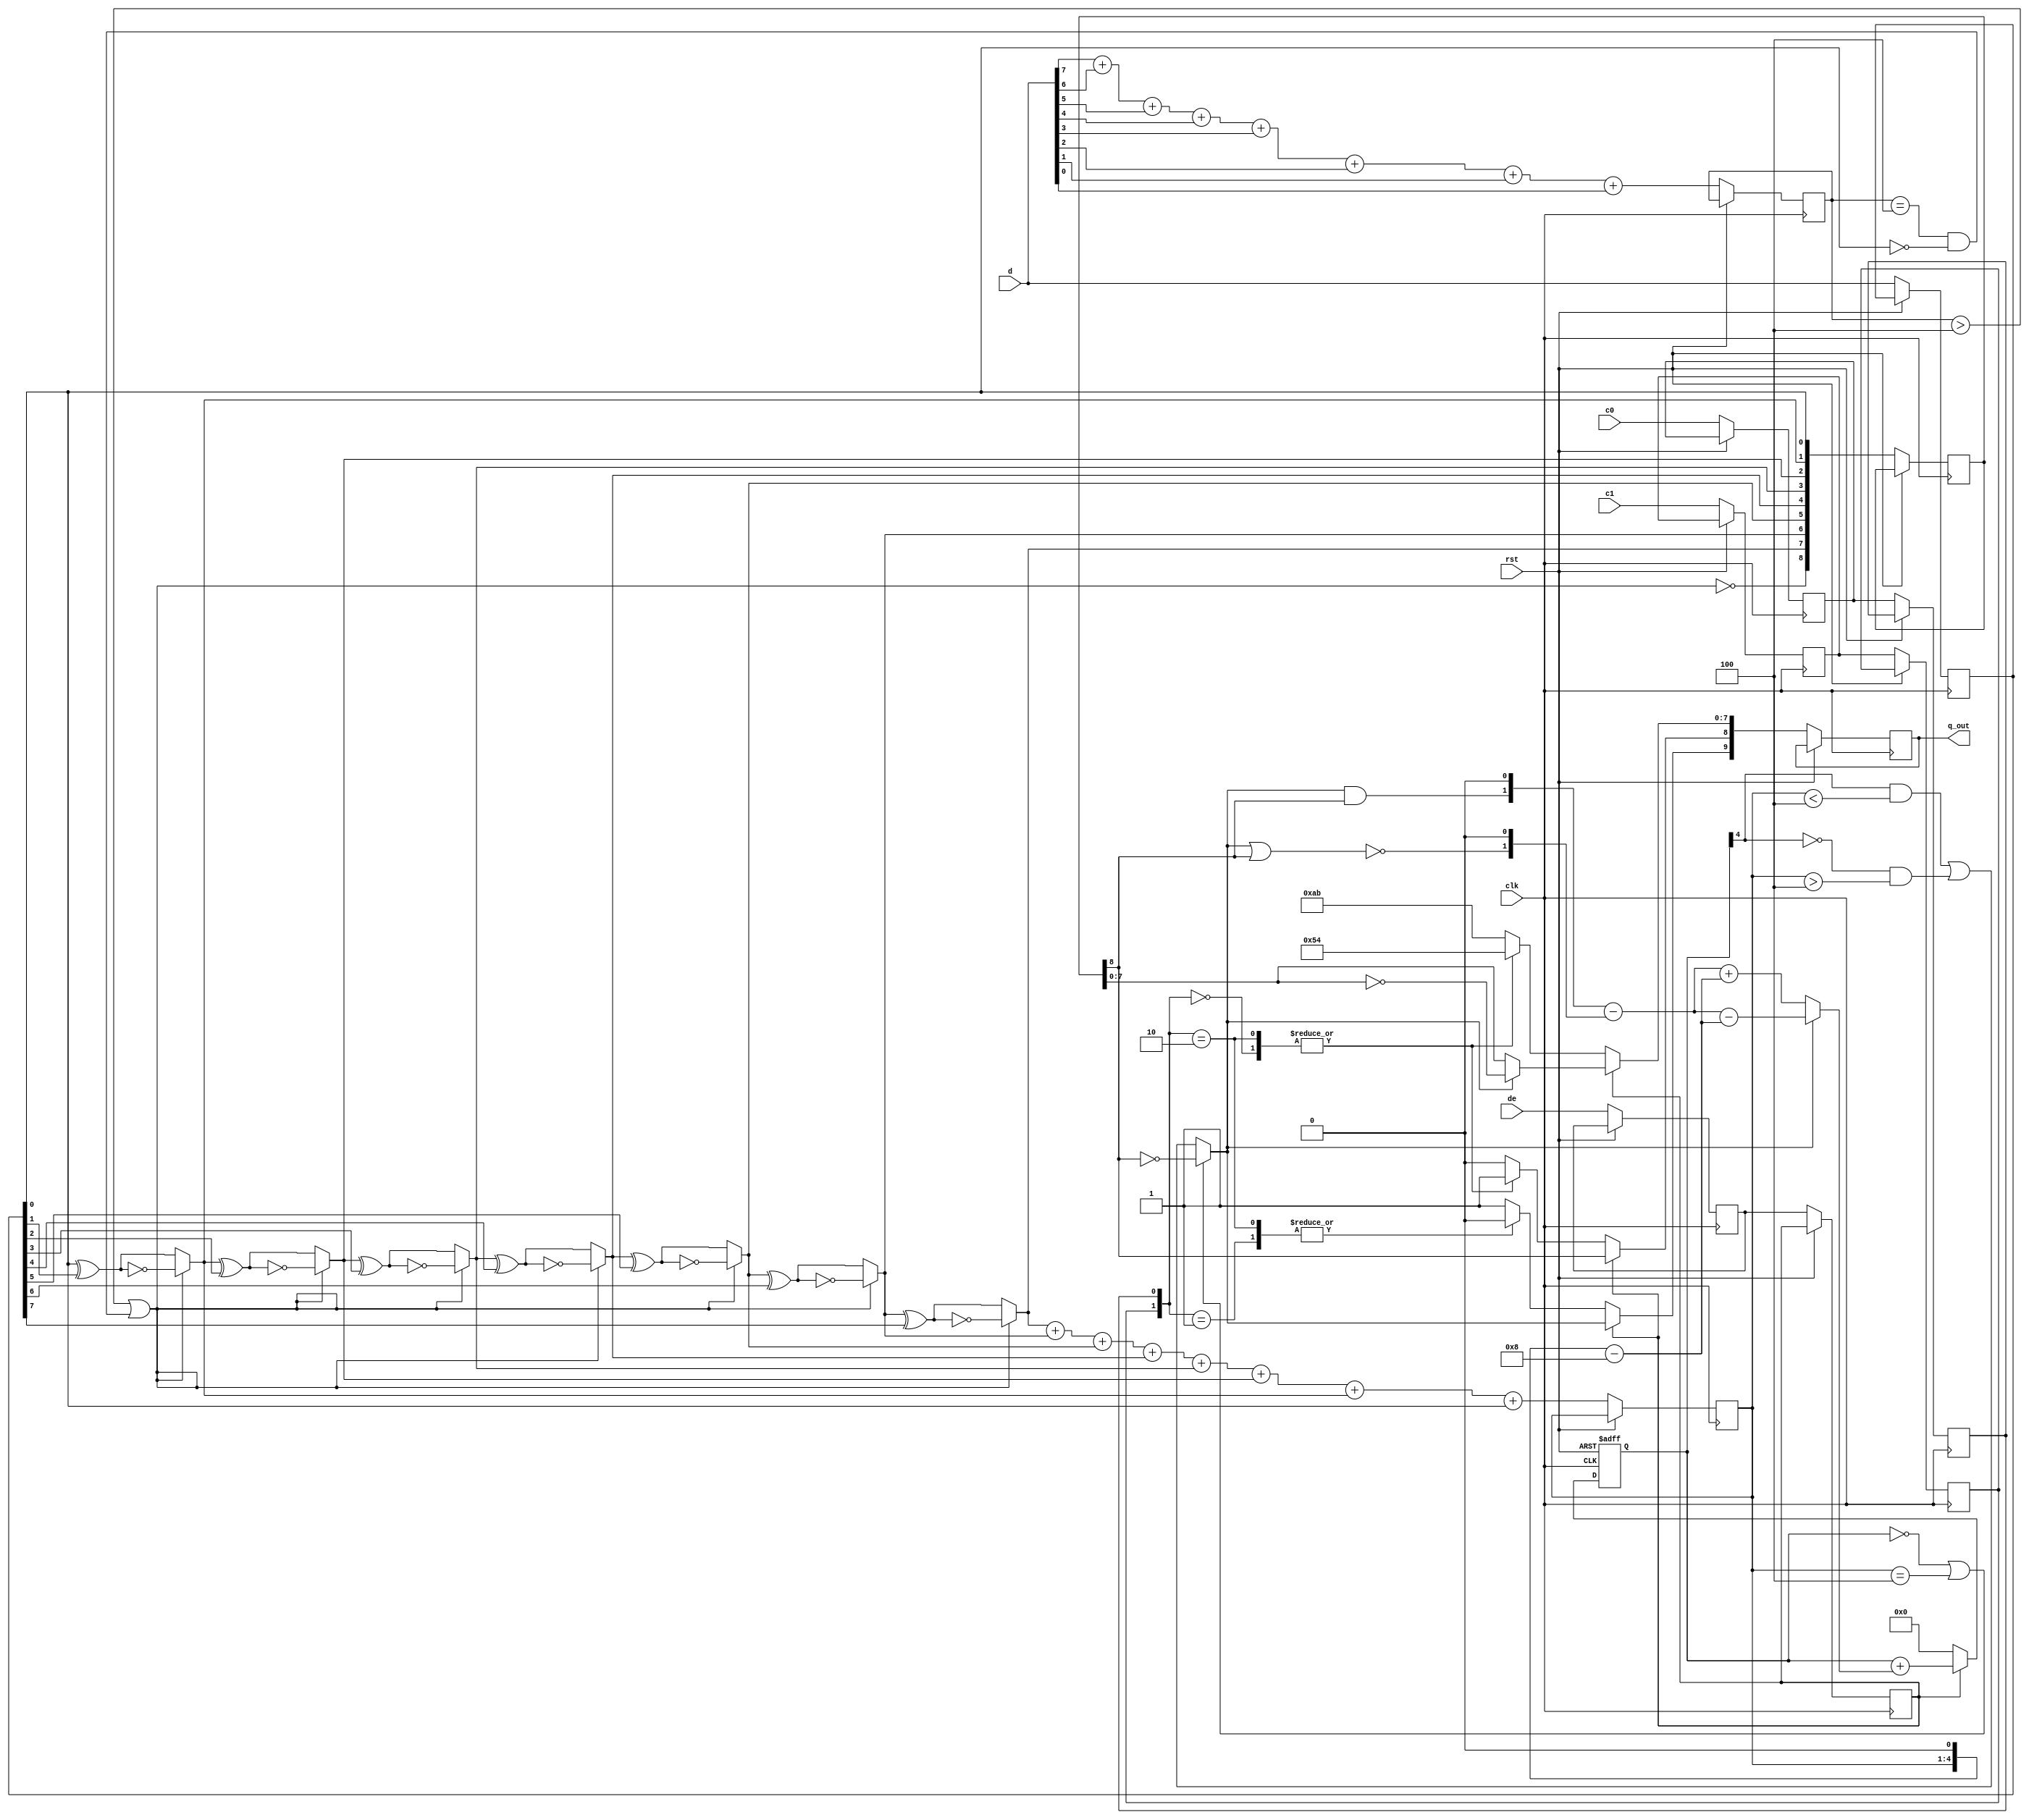
////////////////////////////////////////////////////////////////////////
// DVI encoder module
// ==================
//
// By Liam Davey (03/03/11)
//
// Encodes either the 8 bit pixel data 'd' or control signals 'c0' and
// 'c1', depending on the value of 'de' (data enable), to a 10 bit value
// q_out. The 10-bit 'q_out' value is suitable for serialization to send
// over the DVI cable (using Transition Minimized Differential
// Signalling (TMDS)).
//
// Created based on Figure 3-5 of the DVI Specification 1.0, available
// from http://www.ddwg.org/lib/dvi_10.pdf
//
////////////////////////////////////////////////////////////////////////

/*

the encoding algorithm tries to on average send the same number of
ones as zeroes so no DC shift occurs on the differential pair.
it achieves this by selectively inverting the 9 bit output of the
previous stage (q_m). the tenth bit is used to signal whether or
not this inversion occurred.

if the current disparity is 0 (same number of total ones and zeroes
sent so far) then it does not really matter whether we invert
q_m[7:0] or not, as either way the disparity will not improve.
likewise if q_m[7:0] has an equal number of ones and zeroes then
whether we invert or not does not affect the disparity.

in either case the algorithm in the specification inverts the lower
8 bits if the 9th bit (XOR/XNOR flag) is 0, so that the top two
will be '10' - not affecting the disparity.
alternatively if the 9th bit is 1 no inversion will take place so
that the top two bits are '01' - again not affecting disparity.

i think there is room for improvement in the specified algorithm 
here. it would be possible (without modifying the decode algorithm)
to make the 9th and 10th bits '11' or '00' based on the number of
ones in the lower 8 bits to improve the disparity (and
inadvertently reduce the number of transitions).

if however the disparity is not 0 and there is not an equal number
of ones and zeroes in q_m[7:0], then we should decide whether or
not to invert the bits.
if we have more total ones sent and there are more ones in q_m[7:0]
than zeroes, q_m[7:0] should be inverted.
likewise if more total zeroes have been sent and there are more
zeroes than ones in q_m[7:0], we should also invert.
in all other cases, do not invert.

*/

module tmds_encode (
	input clk,				// clock signal
	input rst,				// reset signal
	input [7:0] d,			// input 8 bit pixel data
	input de,				// data enable (1 = data, 0 = control)
	input c0,				// control signal 0
	input c1,				// control signal 1
	output reg [9:0] q_out	// the encoded 10 bit value to output LSB first
									// on the differential channel
	);
	
	// copies of data for stage 1 so that the data is aligned
	// for the pipeline stage
	// i.e. so that 'd' is available next clock cycle even though
	// the input 'd' has changed
	reg [7:0] s1_d;
	reg s1_de, s1_c0, s1_c1;
	
	// copies of data for stage 2
	reg s2_de, s2_c0, s2_c1;
	reg [8:0] s2_q;
	
	// the transition minimized 9-bit output of stage 1
	wire [8:0] s1_q;
	
	// count of ones in data for stage 1
	reg [3:0] s1_n1;
	
	// count of ones in data for stage 2 (not a copy of s1_n1)
	reg [3:0] s2_n1;
	
	// disparity count (difference between total number of ones sent and
	// total number of zeroes sent). will be negative (MSB set) if more
	// zeroes than ones have been sent.
	reg signed [4:0] s2_cnt;// s2_cnt_prev;
	reg signed [4:0] s2_flag_bits_disparity, s2_q_disparity;

	// 8b -> 9b encoding
	// creates a transition minimized version of the input data.
	// asynchronous, the output q_m changes as soon as inputs s1_n1 or
	// s1_d1 from stage 1 change.
	// if this proves to be too slow could implement as another pipeline
	// stage instead (q_m as a register).

	wire use_xnor = (s1_n1 > 4'h4) || ((s1_n1 == 4'h4) && (s1_d[0] == 1'b0));
	assign s1_q[0] = s1_d[0];
	
	genvar i;
	for (i = 1; i < 8; i = i + 1) begin : xnor_loop
		assign s1_q[i] = (use_xnor) ? (~(s1_q[i - 1] ^ s1_d[i])) : (s1_q[i - 1] ^ s1_d[i]);
	end
	assign s1_q[8] = ~use_xnor;	// bit 9 indicates whether XNOR or XOR was used


	// decide whether we need to invert the lower 8 bits or not
	wire data_balanced = (s2_n1 == 4);			// true if data has 4 ones and 4 zeroes
	wire data_has_more_zeroes = (s2_n1 < 4);	// true if data has more zeroes than ones
	wire data_has_more_ones = (s2_n1 > 4);		// true if data has more ones than zeroes
	wire disparity_zero = (s2_cnt == 0);			// true if we have sent the same number of ones as zeroes
	wire need_more_ones = s2_cnt[4];					// true if we need to send more ones to balance disparity
	
	// check if inverting the lower 8 bits would improve disparity
	// (this neglects the case where disparity is already 0, in which case
	// whether to invert or not is decided differently)
	assign inversion_needed = (need_more_ones && data_has_more_zeroes) | 
		((~need_more_ones) && data_has_more_ones);

	// if disparity is zero or the data has equal number of ones and zeroes
	// then invert based on s2_q_m[8], otherwise based on the above decision
	assign invert_data = (disparity_zero | data_balanced) ? 
		(~s2_q[8]) : (inversion_needed);
	
	// how many more ones than zeroes are in the 8 data bits
	wire signed [4:0] s2_data_disparity = {s2_n1, 1'b0} - 8;
	
	// check if DE is low, signalling that we are sending control data
	// rather than pixel data
	always @ (posedge clk or posedge rst) begin
		if (rst) begin
			s2_cnt <= 0;
		end else begin
			// pipeline stage 1
			// count the number of one bits in d[7:0]
			s1_n1 <= d[7] + d[6] + d[5] + d[4] + d[3] + d[2] + d[1] + d[0];
			s1_d <= d;	// copy registers for use with later stages
			s1_de <= de;
			s1_c0 <= c0;
			s1_c1 <= c1;
			
			// find the number of ones in s1_q[7:0]
			s2_n1 <= 
				s1_q[7] + s1_q[6] + s1_q[5] + s1_q[4] + 
				s1_q[3] + s1_q[2] + s1_q[1] + s1_q[0];
			s2_de <= s1_de;
			s2_c0 <= s1_c0;
			s2_c1 <= s1_c1;
			s2_q <= s1_q;
			
			if (s2_de == 1'b0) begin
				// use a simple lookup table to create the 10-bit code to output
				// note that these are reversed compared to the specification
				// document as it used q_out[0:9] rather than q_out[9:0]
				case ({s2_c1, s2_c0})
					2'b00   : q_out <= 10'b1101010100;
					2'b01   : q_out <= 10'b0010101011;
					2'b10   : q_out <= 10'b0101010100;
					default : q_out <= 10'b1010101011;
				endcase
				s2_cnt <= 0;

			end else begin
				q_out[9] <= invert_data;
				q_out[8] <= s2_q[8];
				q_out[7:0] <= (invert_data) ? (~s2_q[7:0]) : (s2_q[7:0]);
				s2_flag_bits_disparity = {invert_data && s2_q[8], 1'b0} - {~(invert_data || s2_q[8]), 1'b0};
				s2_q_disparity = (invert_data) ? (s2_flag_bits_disparity - s2_data_disparity) : (s2_flag_bits_disparity + s2_data_disparity);
				//s2_cnt_prev <= s2_cnt;
				s2_cnt <= s2_cnt + s2_q_disparity;
			end
		end
	end
endmodule